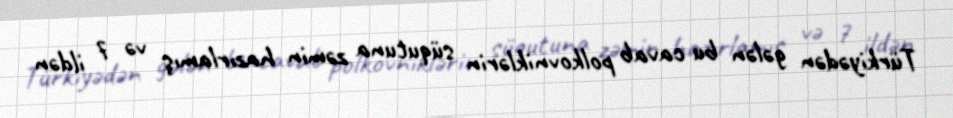
Türkiyədən gələn bu cavab polkovniklərin süqutuna zəmin hazırlamış və 7 ildən